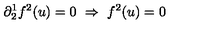
\partial _ { 2 } ^ { 1 } f ^ { 2 } ( u ) = 0 \ \Rightarrow \ f ^ { 2 } ( u ) = 0